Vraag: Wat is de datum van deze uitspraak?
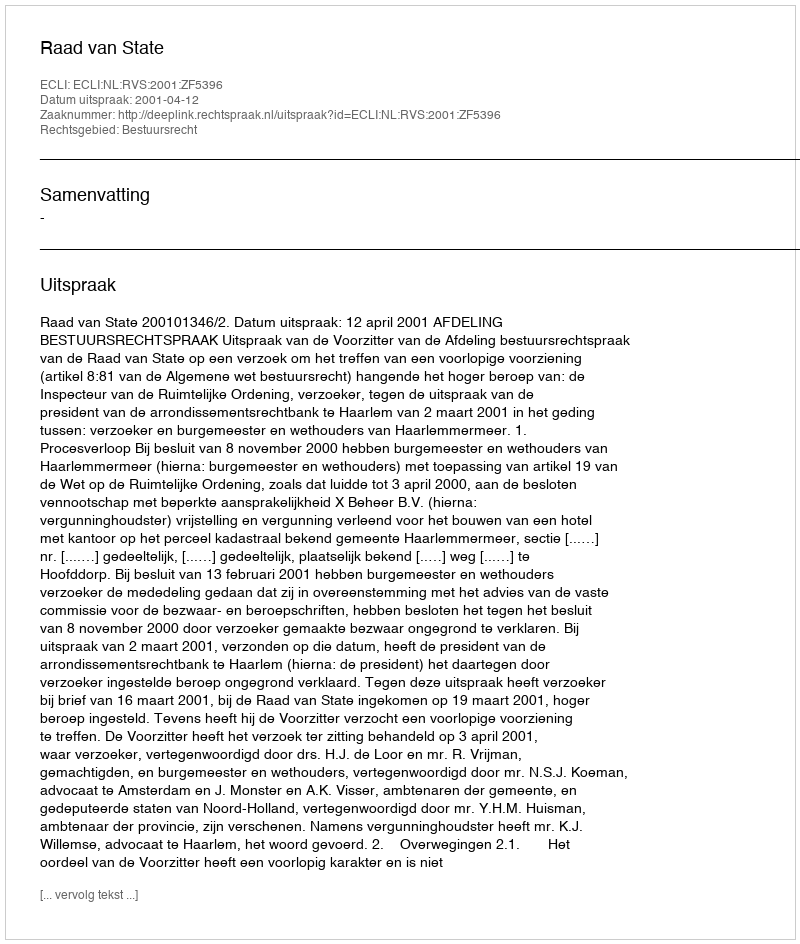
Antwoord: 2001-04-12